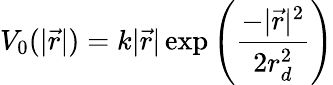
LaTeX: V_{0}(|\vec{r}|)=k|\vec{r}|\exp{\left(\frac{-|\vec{r}|^{2}}{2r_{d}^{2}}\right)}